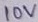
Text: 10V